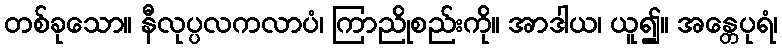
တစ်ခုသော။ နီလုပ္ပလကလာပံ၊ ကြာညိုစည်းကို။ အာဒါယ၊ ယူ၍။ အန္တေပုရံ၊